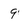
Character: 9